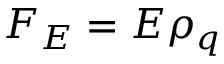
{ \cal F } _ { E } = E \rho _ { q }